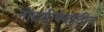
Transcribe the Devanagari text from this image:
नोंदशीर्षकांतील